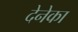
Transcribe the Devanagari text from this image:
देनेका